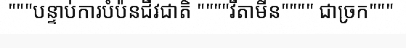
"""បន្ទាប់ការបំប៉នជីវជាតិ """"វីតាមីន"""" ជាច្រក"""